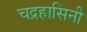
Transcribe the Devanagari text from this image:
चद्रहासिनी